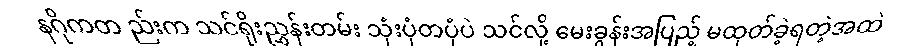
နဂိုကတ ည်းက သင်ရိုးညွှန်းတမ်း သုံးပုံတပုံပဲ သင်လို့ မေးခွန်းအပြည့် မထုတ်ခဲ့ရတဲ့အထဲ